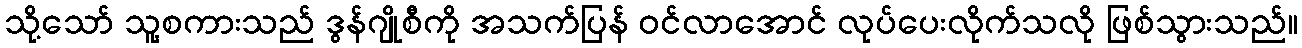
သို့သော် သူ့စကားသည် ဒွန်ဂျိုစီကို အသက်ပြန် ဝင်လာအောင် လုပ်ပေးလိုက်သလို ဖြစ်သွားသည်။